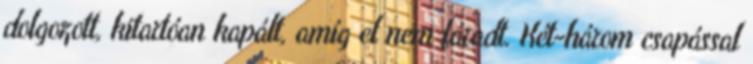
dolgozott, kitartóan kapált, amíg el nem fáradt. Két-három csapással